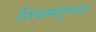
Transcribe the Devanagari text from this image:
नियामतुल्लाह